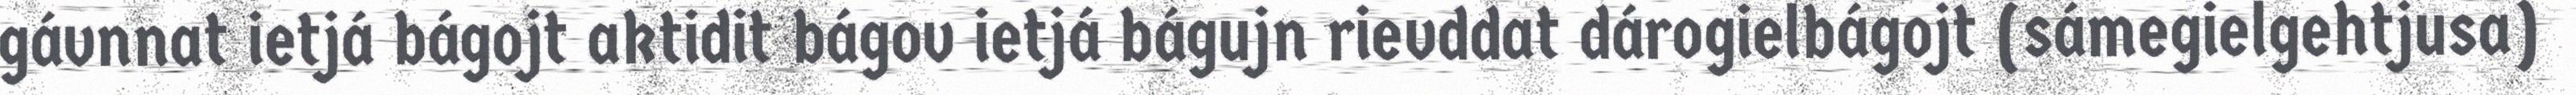
gávnnat ietjá bágojt aktidit bágov ietjá bágujn rievddat dárogielbágojt (sámegielgehtjusa)